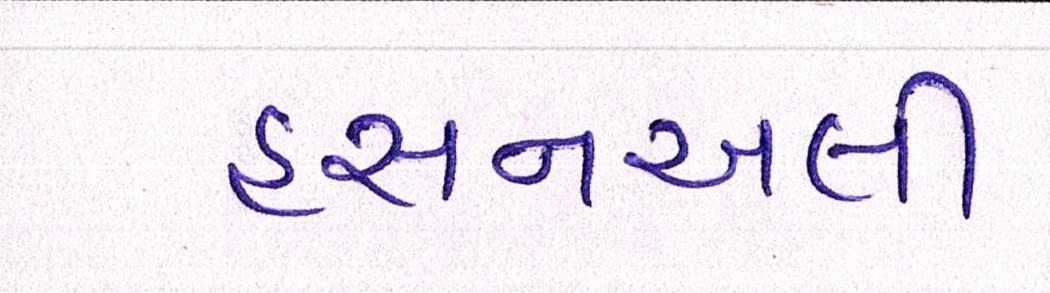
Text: હસનઅલી